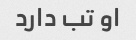
او تب دارد